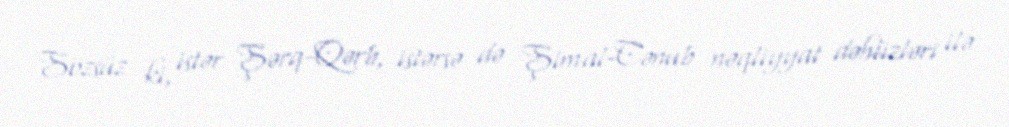
Sözsüz ki, istər Şərq-Qərb, istərsə də Şimal-Cənub nəqliyyat dəhlizləri ilə